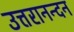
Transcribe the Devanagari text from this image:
उत्तरानन्दन